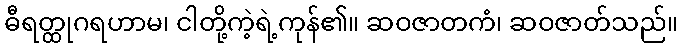
ဓီရတ္ထုဂရဟာမ၊ ငါတို့ကဲ့ရဲ့ကုန်၏။ ဆဝဇာတကံ၊ ဆဝဇာတ်သည်။